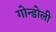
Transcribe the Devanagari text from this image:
गोन्डोली